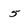
Character: 5